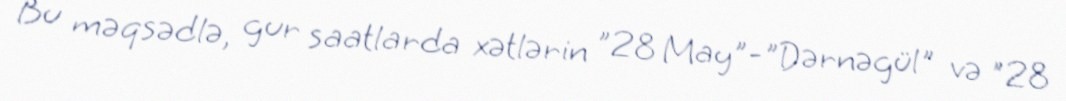
Bu məqsədlə, gur saatlarda xətlərin "28 May"-"Dərnəgül" və "28